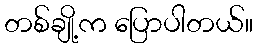
တစ်ချို့က ပြောပါတယ်။